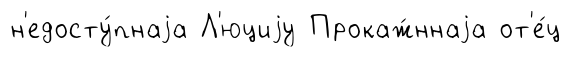
н'едосту́пнаjа Л'юциjу Прокаж́ннаjа от'е́ц